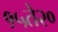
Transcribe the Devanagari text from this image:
१५ते२०